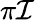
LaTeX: \pi\mathcal{I}